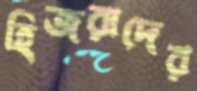
হিজরাদের